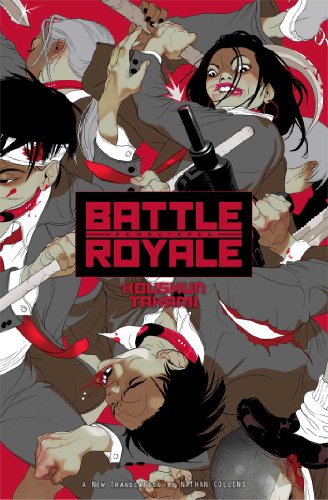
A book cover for Battle Royale: Remastered (Battle Royale (Novel)); Koushun Takami; Science Fiction & Fantasy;